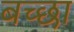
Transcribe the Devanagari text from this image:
बच्छा